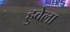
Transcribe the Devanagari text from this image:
हुवेला